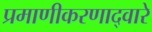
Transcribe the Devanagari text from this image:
प्रमाणीकरणाद्वारे